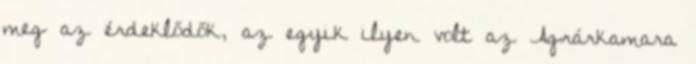
meg az érdeklődők, az egyik ilyen volt az Agrárkamara